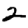
Digit: 2